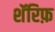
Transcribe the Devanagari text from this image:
शॅरिफ़